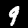
Label: 9